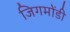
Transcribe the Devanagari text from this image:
जिगमोंडी